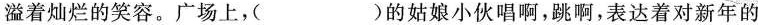
溢着灿烂的笑容。广场上，( )的姑娘小伙唱啊，跳啊，表达着对新年的